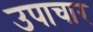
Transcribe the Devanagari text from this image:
उपाचार